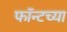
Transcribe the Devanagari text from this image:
फॉन्टच्या